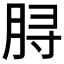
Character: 𫞅